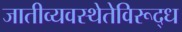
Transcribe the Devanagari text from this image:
जातीव्यवस्थेतेविरूद्ध